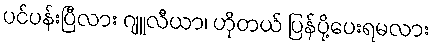
ပင်ပန်းပြီလား ဂျူလီယာ၊ ဟိုတယ် ပြန်ပို့ပေးရမလား